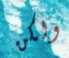
ولكن